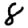
Digit: 8